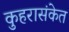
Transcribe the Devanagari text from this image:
कुहरासंकेत